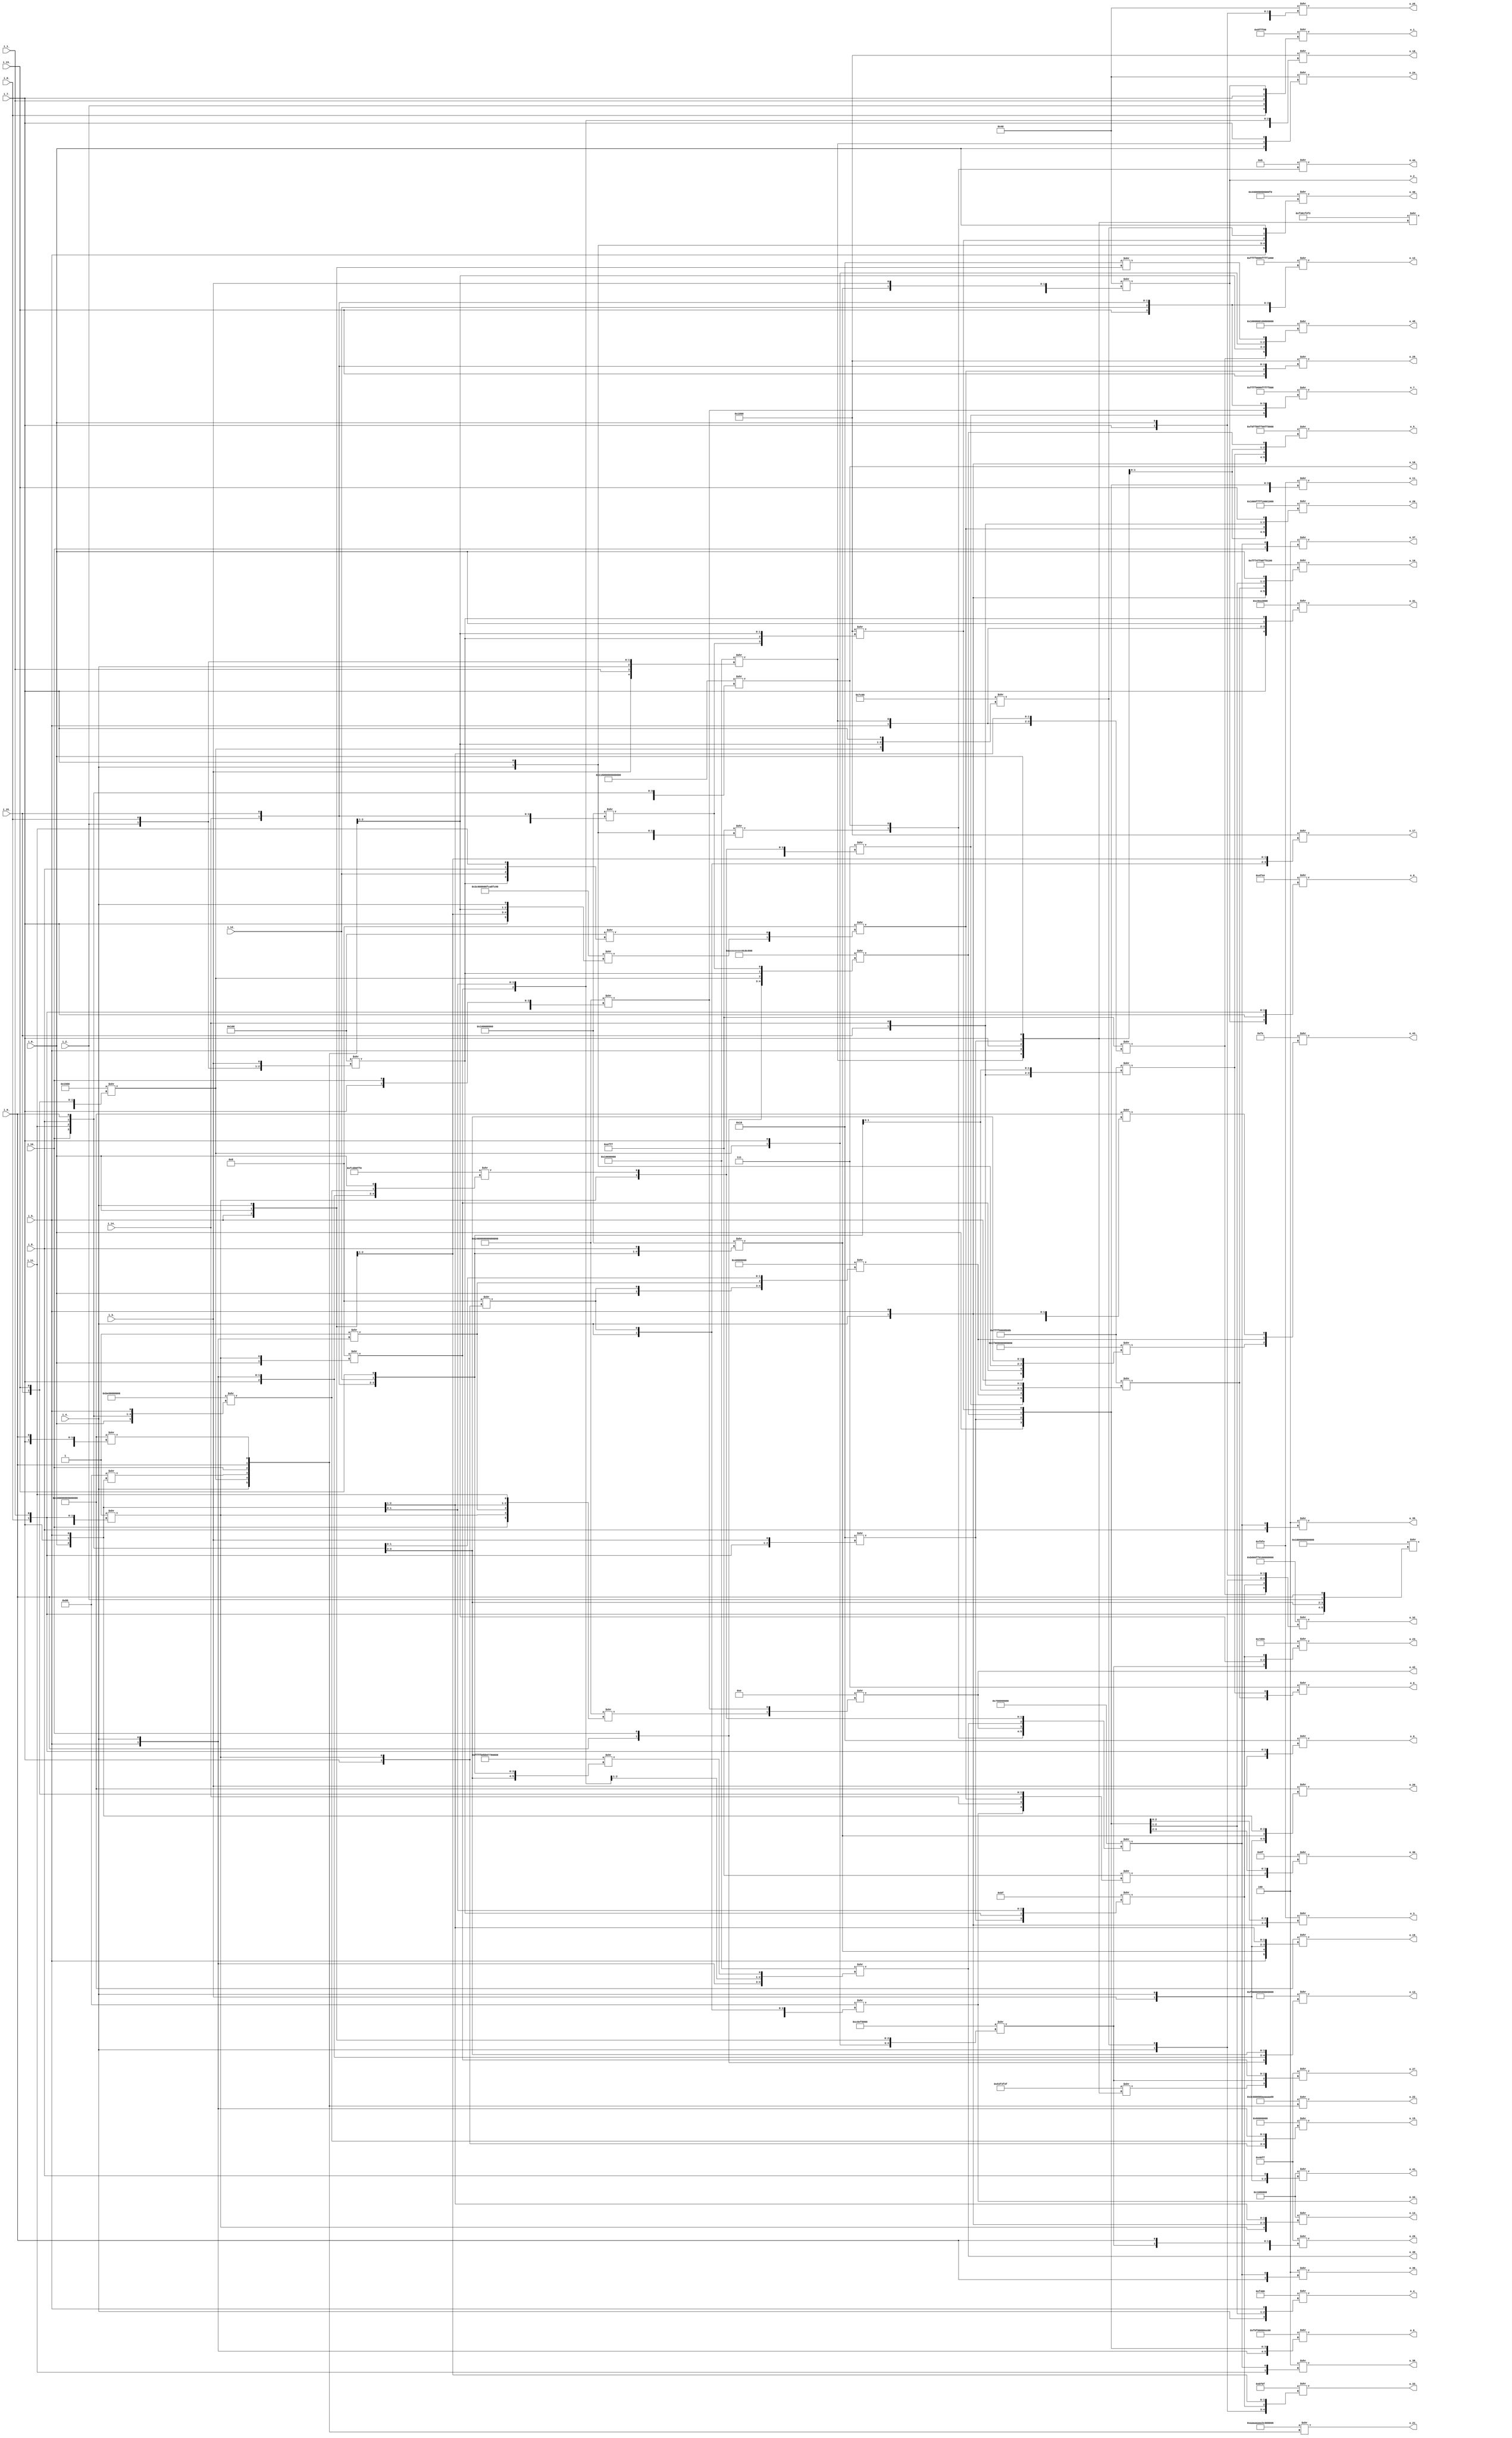
/* Generated by Yosys 0.16+65 (git sha1 051517d61, gcc 9.1.0 -fPIC -Os) */

module spla(i_0_, i_1_, i_2_, i_3_, i_4_, i_5_, i_6_, i_7_, i_8_, i_9_, i_10_, i_11_, i_12_, i_13_, i_14_, i_15_, o_0_, o_1_, o_2_, o_3_, o_4_
, o_5_, o_6_, o_7_, o_8_, o_9_, o_10_, o_11_, o_12_, o_13_, o_14_, o_15_, o_16_, o_17_, o_18_, o_19_, o_20_, o_21_, o_22_, o_23_, o_24_, o_25_
, o_26_, o_27_, o_28_, o_29_, o_30_, o_31_, o_32_, o_33_, o_34_, o_35_, o_36_, o_37_, o_38_, o_39_, o_40_, o_41_, o_42_, o_43_, o_44_, o_45_);
  wire _000_;
  wire _001_;
  wire _002_;
  wire _003_;
  wire _004_;
  wire _005_;
  wire _006_;
  wire _007_;
  wire _008_;
  wire _009_;
  wire _010_;
  wire _011_;
  wire _012_;
  wire _013_;
  wire _014_;
  wire _015_;
  wire _016_;
  wire _017_;
  wire _018_;
  wire _019_;
  wire _020_;
  wire _021_;
  wire _022_;
  wire _023_;
  wire _024_;
  wire _025_;
  wire _026_;
  wire _027_;
  wire _028_;
  wire _029_;
  wire _030_;
  wire _031_;
  wire _032_;
  wire _033_;
  wire _034_;
  wire _035_;
  wire _036_;
  wire _037_;
  wire _038_;
  input i_0_;
  wire i_0_;
  input i_10_;
  wire i_10_;
  input i_11_;
  wire i_11_;
  input i_12_;
  wire i_12_;
  input i_13_;
  wire i_13_;
  input i_14_;
  wire i_14_;
  input i_15_;
  wire i_15_;
  input i_1_;
  wire i_1_;
  input i_2_;
  wire i_2_;
  input i_3_;
  wire i_3_;
  input i_4_;
  wire i_4_;
  input i_5_;
  wire i_5_;
  input i_6_;
  wire i_6_;
  input i_7_;
  wire i_7_;
  input i_8_;
  wire i_8_;
  input i_9_;
  wire i_9_;
  output o_0_;
  wire o_0_;
  output o_10_;
  wire o_10_;
  output o_11_;
  wire o_11_;
  output o_12_;
  wire o_12_;
  output o_13_;
  wire o_13_;
  output o_14_;
  wire o_14_;
  output o_15_;
  wire o_15_;
  output o_16_;
  wire o_16_;
  output o_17_;
  wire o_17_;
  output o_18_;
  wire o_18_;
  output o_19_;
  wire o_19_;
  output o_1_;
  wire o_1_;
  output o_20_;
  wire o_20_;
  output o_21_;
  wire o_21_;
  output o_22_;
  wire o_22_;
  output o_23_;
  wire o_23_;
  output o_24_;
  wire o_24_;
  output o_25_;
  wire o_25_;
  output o_26_;
  wire o_26_;
  output o_27_;
  wire o_27_;
  output o_28_;
  wire o_28_;
  output o_29_;
  wire o_29_;
  output o_2_;
  wire o_2_;
  output o_30_;
  wire o_30_;
  output o_31_;
  wire o_31_;
  output o_32_;
  wire o_32_;
  output o_33_;
  wire o_33_;
  output o_34_;
  wire o_34_;
  output o_35_;
  wire o_35_;
  output o_36_;
  wire o_36_;
  output o_37_;
  wire o_37_;
  output o_38_;
  wire o_38_;
  output o_39_;
  wire o_39_;
  output o_3_;
  wire o_3_;
  output o_40_;
  wire o_40_;
  output o_41_;
  wire o_41_;
  output o_42_;
  wire o_42_;
  output o_43_;
  wire o_43_;
  output o_44_;
  wire o_44_;
  output o_45_;
  wire o_45_;
  output o_4_;
  wire o_4_;
  output o_5_;
  wire o_5_;
  output o_6_;
  wire o_6_;
  output o_7_;
  wire o_7_;
  output o_8_;
  wire o_8_;
  output o_9_;
  wire o_9_;
  assign _017_ = 16'b0000000100000000 >> { i_1_, i_2_, i_0_, i_3_ };
  assign _018_ = 64'b0000000000000000000000000000000100000000000000000000000000000000 >> { i_8_, i_11_, i_12_, i_13_, i_14_, i_15_ };
  assign _019_ = 64'b0000000100000000000000000000000000000000000000000000000000000000 >> { _017_, _018_, i_10_, i_5_, i_7_, i_9_ };
  assign _020_ = 8'b10000000 >> { i_6_, i_7_, i_5_ };
  assign _021_ = 16'b0000000100000000 >> { _017_, i_12_, i_8_, i_11_ };
  assign _022_ = 16'b0001011000000000 >> { _021_, i_14_, i_15_, i_13_ };
  assign o_21_ = 64'b1010101010101010101010101010101000111100000000000000000000000000 >> { i_4_, _022_, _020_, i_10_, i_9_, _019_ };
  assign _023_ = 16'b0000000000000001 >> { i_3_, i_2_, i_0_, i_1_ };
  assign _024_ = 4'b1000 >> { i_7_, _023_ };
  assign o_34_ = 8'b10000000 >> { i_5_, i_4_, _024_ };
  assign _025_ = 4'b0001 >> { i_5_, i_4_ };
  assign _026_ = 64'b0001010000000000000000000000000000000000000000000000000000000000 >> { _023_, i_11_, _025_, i_6_, i_7_, i_10_ };
  assign _027_ = 64'b0001010000000000000000000000000000000000000000000000000000000000 >> { i_10_, _023_, _025_, i_6_, i_7_, i_11_ };
  assign o_42_ = 4'b1110 >> { _027_, _026_ };
  assign _028_ = 8'b00010000 >> { i_5_, i_6_, i_4_ };
  assign o_16_ = 64'b0000000100010110000000000000000000000000000000000000000000000000 >> { _028_, _024_, i_10_, i_11_, i_8_, i_9_ };
  assign _029_ = 32'd1073741824 >> { i_6_, _024_, _025_, i_8_, i_9_ };
  assign _030_ = 64'b0000000100000000000000000000000000000000000000000000000000000000 >> { i_6_, _024_, i_9_, i_8_, i_4_, i_5_ };
  assign _031_ = 64'b0000000000000000000000000000000000000000000000001110111111111111 >> { _029_, _030_, i_5_, _023_, i_4_, i_7_ };
  assign o_44_ = 4'b1011 >> { _031_, o_16_ };
  assign _032_ = 64'b0000000000000001000000000000000000000000000000000000000000000000 >> { i_0_, i_1_, i_10_, i_11_, i_2_, i_9_ };
  assign o_41_ = 32'd16777216 >> { _020_, _032_, i_3_, i_4_, i_8_ };
  assign _033_ = 4'b1000 >> { i_6_, _023_ };
  assign o_18_ = 16'b0001000000000000 >> { i_4_, _033_, i_7_, i_5_ };
  assign o_17_ = 16'b0001000000000000 >> { i_4_, _024_, i_5_, i_6_ };
  assign _034_ = 8'b00010000 >> { i_0_, i_1_, i_3_ };
  assign _035_ = 32'd268435456 >> { i_3_, i_1_, i_4_, i_2_, i_0_ };
  assign _036_ = 32'd4076991475 >> { _035_, i_5_, i_7_, _034_, i_6_ };
  assign _037_ = 32'd3236888576 >> { _022_, i_7_, i_5_, i_6_, i_4_ };
  assign o_26_ = 16'b0100000011111111 >> { _036_, i_10_, _037_, i_9_ };
  assign o_25_ = 8'b01000000 >> { _035_, i_7_, i_6_ };
  assign _038_ = 64'b0000000000000000000000000000000100000000000000000000000000000000 >> { _032_, i_14_, i_15_, i_12_, i_13_, i_8_ };
  assign o_2_ = 8'b01000000 >> { _028_, _038_, i_3_ };
  assign o_24_ = 8'b01000000 >> { i_6_, _035_, i_7_ };
  assign o_20_ = 64'b0000000100000000000000000000000000000000000000000000000000000000 >> { i_3_, i_4_, _038_, i_6_, i_7_, i_5_ };
  assign o_19_ = 64'b0000000100000000000000000000000000000000000000000000000000000000 >> { i_5_, _038_, i_3_, i_4_, i_6_, i_7_ };
  assign o_14_ = 32'd16777216 >> { _023_, i_4_, i_5_, i_6_, i_7_ };
  assign o_8_ = 8'b00010000 >> { i_3_, i_0_, i_1_ };
  assign _000_ = 32'd61439 >> { o_34_, i_5_, _035_, i_6_, i_7_ };
  assign o_45_ = 64'b0001000000000000000000000000000011111111111111111111111111111111 >> { _000_, i_10_, i_9_, _022_, i_7_, _028_ };
  assign _001_ = 64'b1111111111111111101100001011101100000111011101111111111111111111 >> { i_10_, i_11_, i_14_, i_15_, i_12_, i_13_ };
  assign o_39_ = 32'd268435456 >> { i_5_, i_4_, _033_, i_7_, _001_ };
  assign _002_ = 64'b0000000000000000000000001011111000000000000000000000000000000000 >> { i_6_, i_10_, i_11_, i_8_, i_9_, i_5_ };
  assign _003_ = 32'd4241494000 >> { i_7_, i_5_, i_4_, _002_, i_6_ };
  assign _004_ = 16'b0000000000000111 >> { o_39_, o_16_, _023_, _003_ };
  assign o_12_ = 64'b1111111111111111000000000000000011111111111111110001000100011111 >> { _004_, _030_, i_13_, i_12_, i_14_, i_15_ };
  assign o_7_ = 64'b1111111111111111000000000000000011111111111111111111100010001000 >> { _004_, _026_, i_13_, i_12_, i_14_, i_15_ };
  assign _005_ = 64'b0000000000011111000000000000000000000000000000000000000000000000 >> { i_5_, _033_, i_4_, i_7_, i_10_, i_11_ };
  assign o_43_ = 8'b11111110 >> { _005_, _029_, _030_ };
  assign _006_ = 64'b1100110011001100110011001100110011000000110010001100100000000000 >> { i_7_, i_9_, i_10_, _022_, _017_, _018_ };
  assign _007_ = 16'b0001000000000000 >> { _018_, _017_, i_10_, i_9_ };
  assign o_11_ = 64'b0000000000000000000000000000000000000000000000001111000011111110 >> { i_4_, i_5_, i_6_, _034_, _006_, _007_ };
  assign o_6_ = 64'b0000000000000000111100001111000000000000000000001110111000000000 >> { i_5_, i_4_, i_6_, _034_, _006_, _007_ };
  assign o_3_ = 32'd61694 >> { i_4_, i_5_, _034_, _006_, _007_ };
  assign _008_ = 64'b0000000000000000000000000000011100000000000000000000000000000000 >> { _031_, o_16_, o_42_, o_39_, _023_, _003_ };
  assign o_38_ = 4'b0100 >> { i_11_, _008_ };
  assign _009_ = 16'b0111110000000000 >> { _022_, i_10_, i_9_, i_7_ };
  assign o_40_ = 64'b0000000001000100000000000000000000000000000000000000000011110000 >> { i_5_, i_4_, i_7_, _007_, _009_, i_6_ };
  assign o_36_ = 4'b0100 >> { i_9_, _008_ };
  assign o_35_ = 4'b0100 >> { i_8_, _008_ };
  assign o_0_ = 16'b0100111101000100 >> { o_2_, i_7_, i_0_, i_1_ };
  assign o_37_ = 4'b0100 >> { i_10_, _008_ };
  assign o_1_ = 32'd9436928 >> { i_0_, i_2_, i_1_, i_7_, o_2_ };
  assign _010_ = 16'b0000000010111111 >> { _034_, _017_, i_7_, i_5_ };
  assign o_33_ = 32'd48911 >> { i_4_, _009_, _010_, i_5_, i_6_ };
  assign o_15_ = 32'd1610612736 >> { i_7_, _023_, _002_, i_5_, i_4_ };
  assign o_32_ = 64'b1011000000000000111111110000000011111111111111111111111111111111 >> { _000_, _010_, i_4_, _009_, i_7_, i_6_ };
  assign o_23_ = 16'b0111110101010101 >> { _037_, i_10_, i_9_, _010_ };
  assign o_22_ = 64'b0011110000000000000000000000000010101010101010101010101010101010 >> { i_4_, _022_, _020_, i_10_, i_9_, _019_ };
  assign o_13_ = 64'b1111000000000000000000000000011000000000000000000000000000000000 >> { _033_, i_7_, i_5_, i_4_, i_10_, i_11_ };
  assign _011_ = 64'b0000000000000000111111111111111100000000000000001011101100001011 >> { _004_, _027_, i_15_, i_14_, i_12_, i_13_ };
  assign _012_ = 64'b0000000000000000111111111111111100000000000000001011101100001011 >> { _004_, _029_, i_12_, i_13_, i_15_, i_14_ };
  assign o_9_ = 4'b0111 >> { _012_, _011_ };
  assign o_10_ = 64'b0000000011111111111101001111111100000000111111110000000011111111 >> { i_4_, i_5_, _012_, _034_, _006_, i_6_ };
  assign o_5_ = 64'b1111000011111111100010001111111100000000111111110000000011111111 >> { i_4_, i_5_, _011_, _034_, i_6_, _006_ };
  assign o_4_ = 16'b1111010000000000 >> { i_4_, _034_, _006_, i_5_ };
  assign o_31_ = 32'd3236573184 >> { i_7_, i_5_, _035_, i_6_, _017_ };
  assign _013_ = 64'b0011110000000000000000000000000011111100101010001111110011111100 >> { i_7_, i_5_, i_6_, i_10_, i_9_, i_4_ };
  assign _014_ = 4'b1000 >> { _013_, _021_ };
  assign _015_ = 32'd61439 >> { o_34_, i_14_, _014_, i_15_, i_13_ };
  assign o_30_ = 8'b10001111 >> { _015_, i_6_, _034_ };
  assign o_29_ = 16'b0001000000000000 >> { i_13_, _014_, i_14_, i_15_ };
  assign o_28_ = 64'b0001000000000000111111111111111100010000000000000001000000000000 >> { _034_, i_6_, _014_, i_15_, i_14_, i_13_ };
  assign _016_ = 32'd88031039 >> { _035_, i_5_, i_7_, _034_, i_6_ };
  assign o_27_ = 16'b0100000011111111 >> { _016_, _037_, i_9_, i_10_ };
endmodule